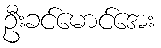
ဦးခင်မောင်အေး